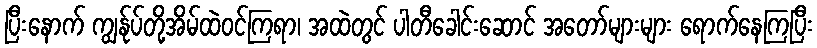
ပြီးနောက် ကျွန်ုပ်တို့အိမ်ထဲဝင်ကြရာ၊ အထဲတွင် ပါတီခေါင်းဆောင် အတော်များများ ရောက်နေကြပြီး